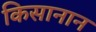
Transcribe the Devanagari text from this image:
किसानान